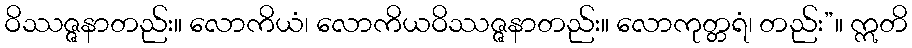
ဝိဿဇ္ဇနာတည်း။ လောကိယံ၊ လောကိယဝိဿဇ္ဇနာတည်း။ လောကုတ္တရံ၊ တည်း”။ ဣတိ